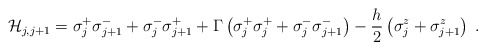
\begin{align*}{\cal H}_{j,j+1}=\sigma^{+}_{j}\sigma^{-}_{j+1}+\sigma^{-}_{j}\sigma^{+}_{j+1}+\Gamma\left(\sigma^{+}_{j}\sigma^{+}_{j}+\sigma^{-}_{j}\sigma^{-}_{j+1}\right)-\frac{h}{2}\left(\sigma^{z}_{j}+\sigma_{j+1}^{z}\right)\;.\end{align*}